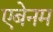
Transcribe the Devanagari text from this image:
एबेनम